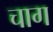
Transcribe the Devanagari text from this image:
चाग